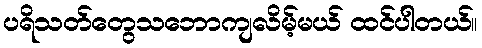
ပရိသတ်တွေသဘောကျလိမ့်မယ် ထင်ပါတယ်။